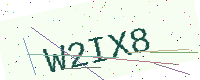
Text: W2IX8